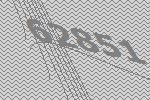
62851